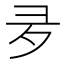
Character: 夛